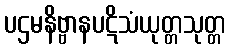
ပဌမနိဗ္ဗာနပဋိသံယုတ္တသုတ္တ